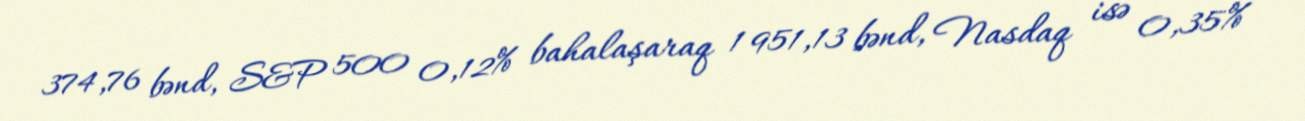
374,76 bənd, S&P 500 0,12% bahalaşaraq 1 951,13 bənd, Nasdaq isə 0,35%